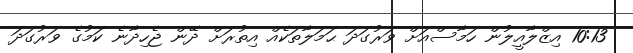
10:13 އިޒްލާއީލުން ހަމާސްއަށް ވަރުގަދަ ޙަމަލާތަކެއް އިތުރަށް ދޭން ޖެހިދާނެ ކަމުގެ ވަރުގަދަ